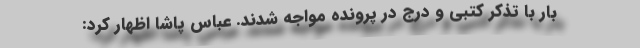
بار با تذکر کتبی و درج در پرونده مواجه شدند. عباس پاشا اظهار کرد: